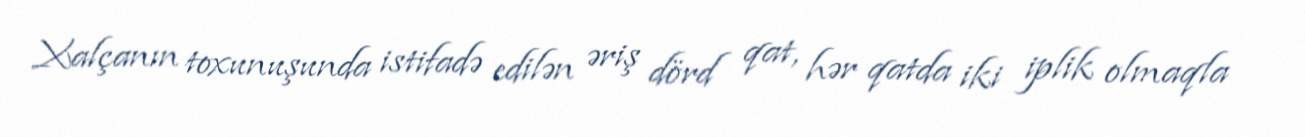
Xalçanın toxunuşunda istifadə edilən əriş dörd qat, hər qatda iki iplik olmaqla